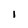
Character: i